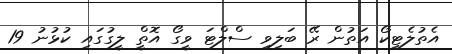
އެތުލެޓިކޯ އަތުން ރޭ ބަލިވި ސްލްޓަ ވީގޯ އޮތްީ ލީގުގައި ކުޅުނު 19